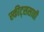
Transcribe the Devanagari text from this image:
स्कीट्ससाठी